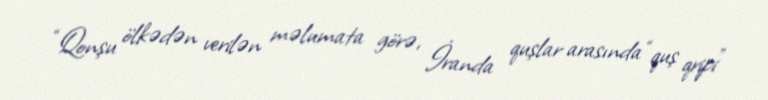
“Qonşu ölkədən verilən məlumata görə, İranda quşlar arasında “quş qripi”